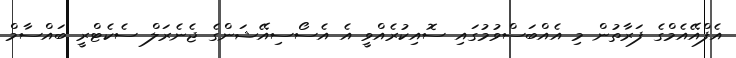
އެފްއޭއެމްގެ ފަރާތުން މި އެއްބަސްވުމުގައި ސޮއިކުރެއްވީ އެ އެސޯސިއޭޝަންގެ ޖެނެރަލް ސެކެޓްރީ ބައްސާމް